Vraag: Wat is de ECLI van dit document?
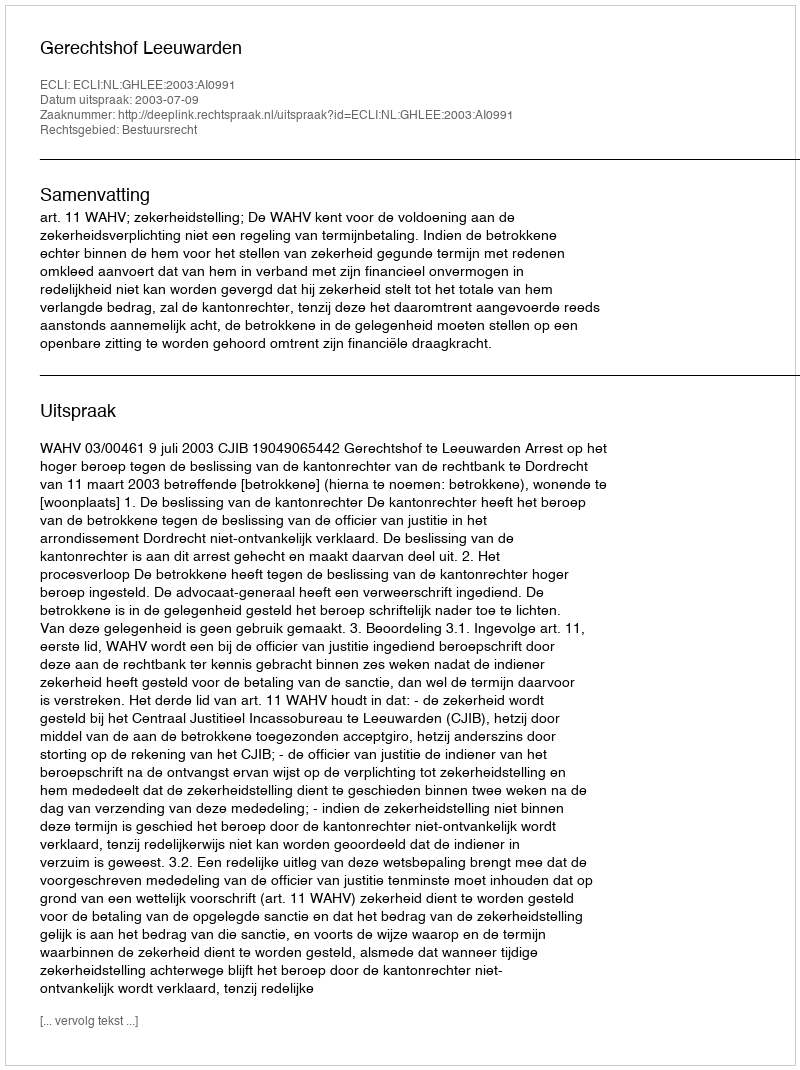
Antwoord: ECLI:NL:GHLEE:2003:AI0991